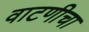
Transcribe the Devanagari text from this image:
वाटणीचा